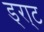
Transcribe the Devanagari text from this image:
ड्रा्ट